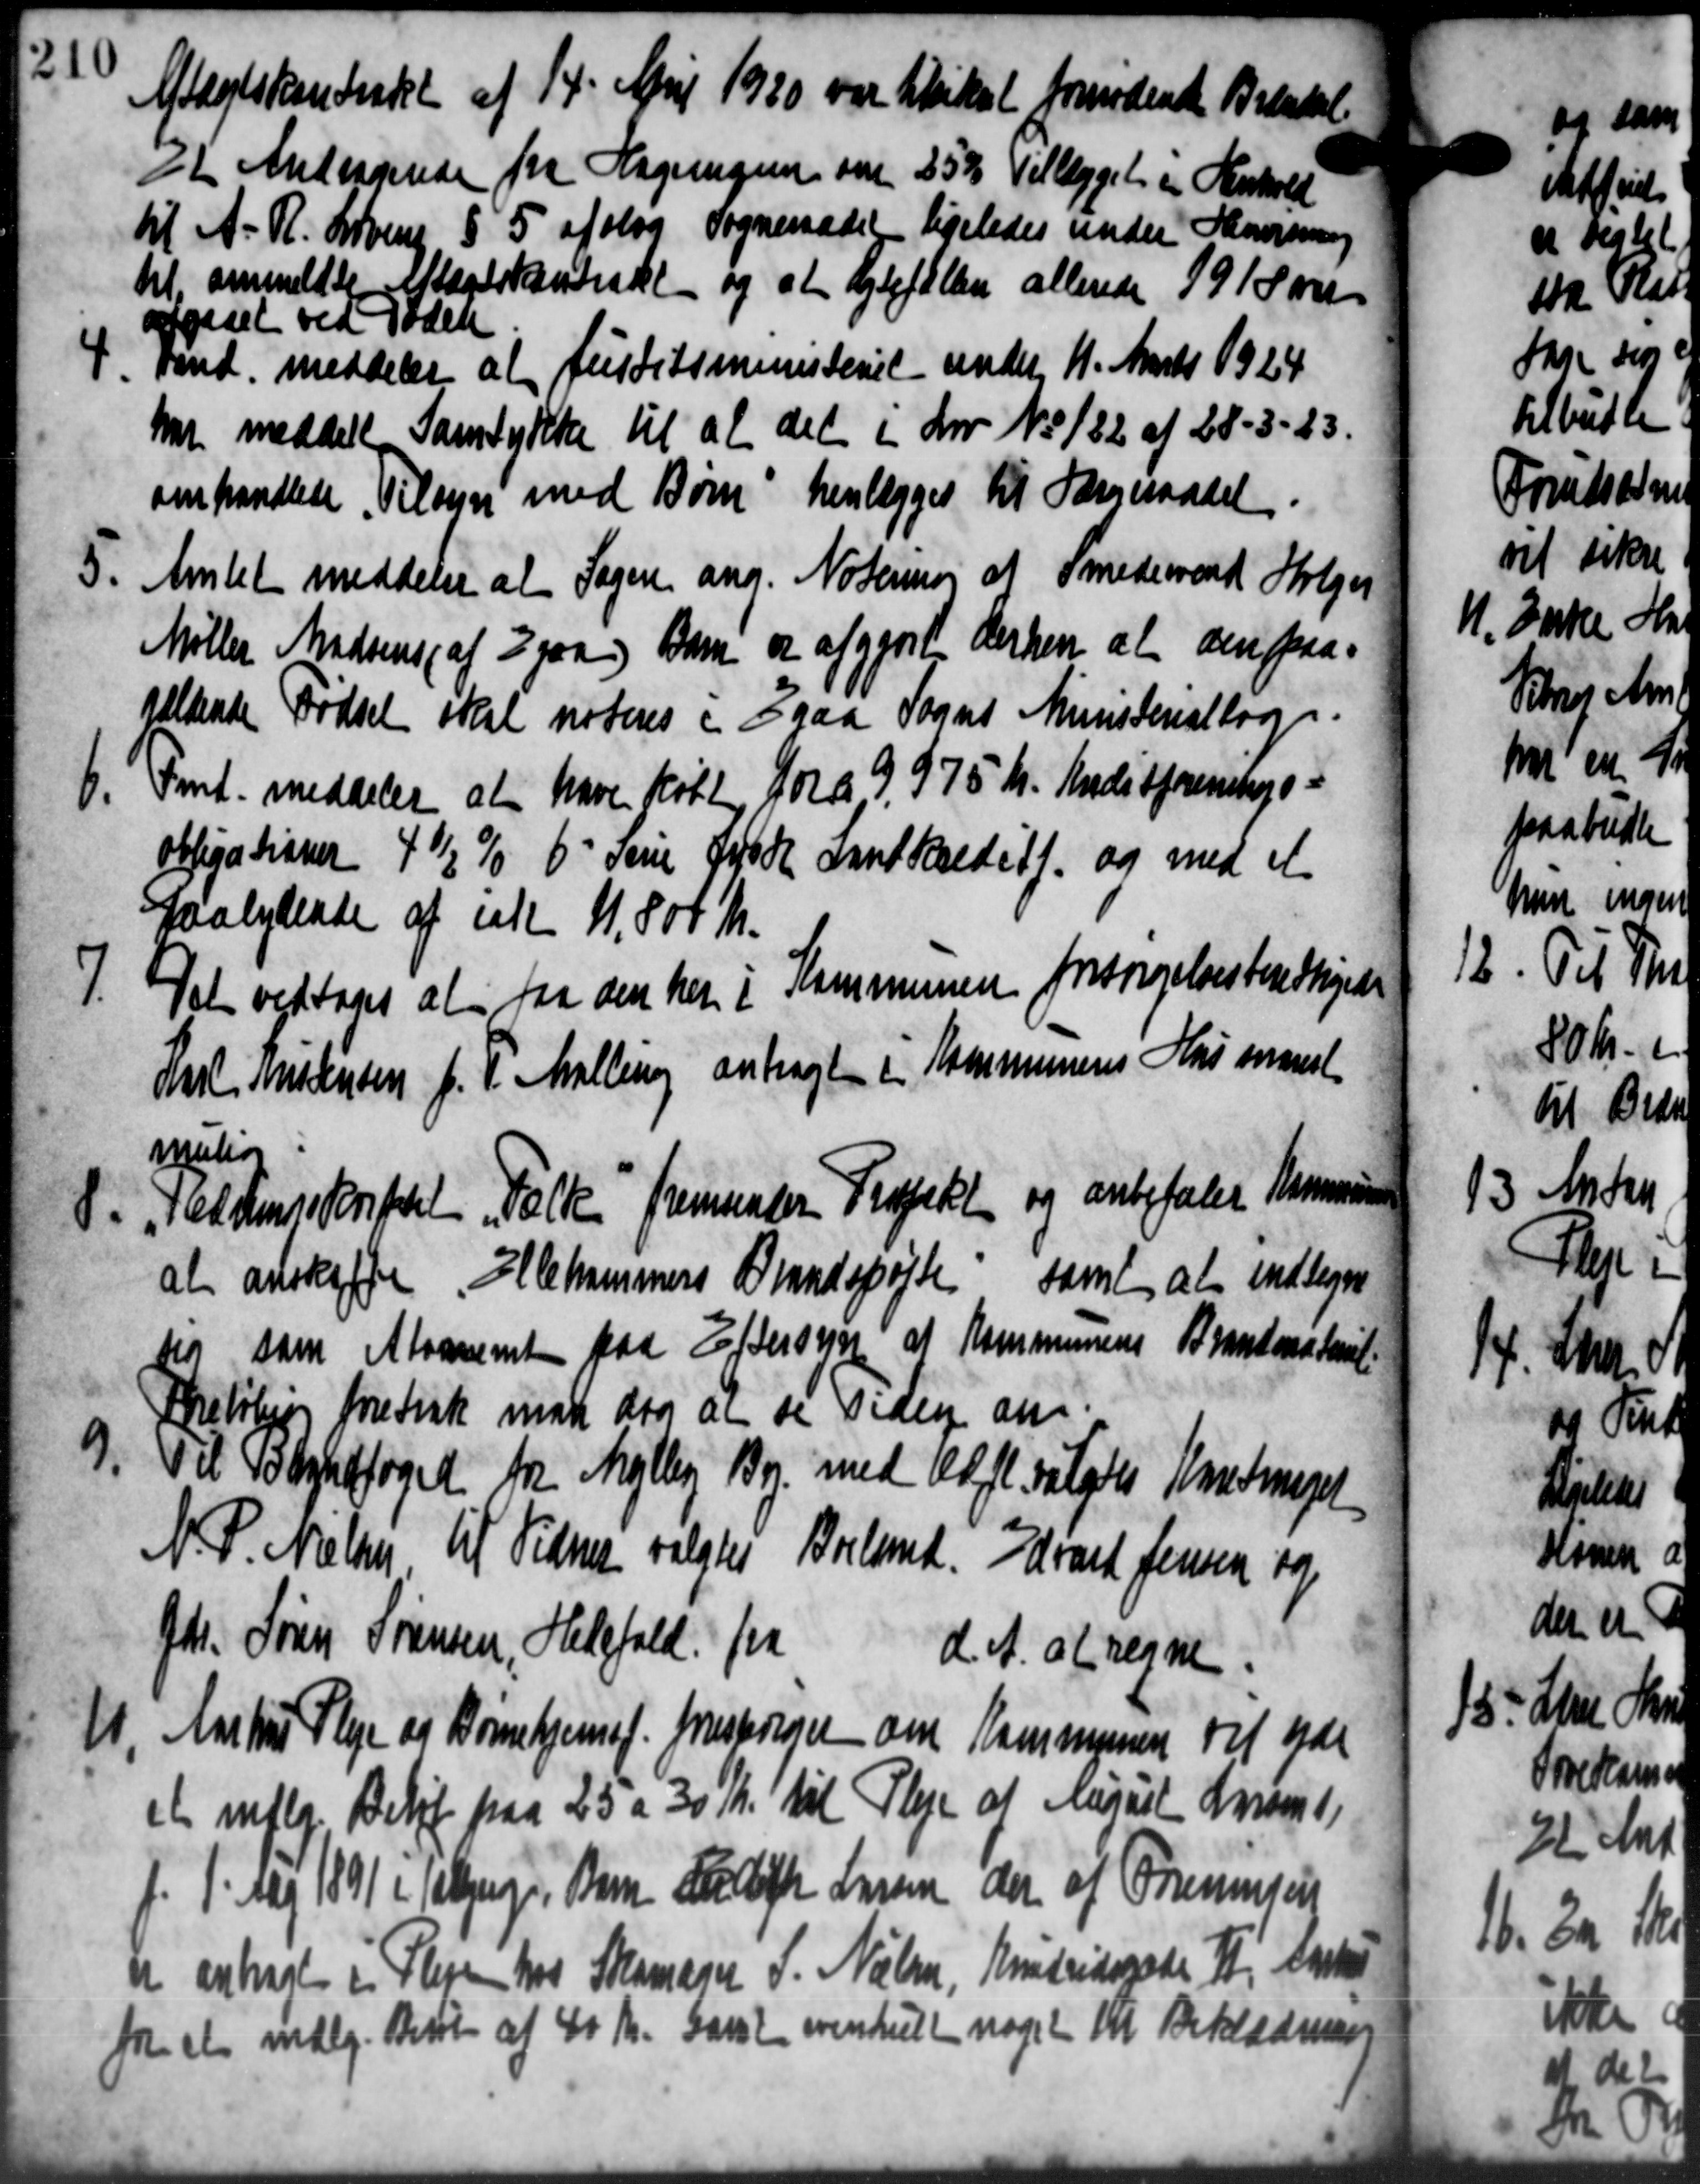
Transskription:
Aftægtskontrakt af 14' April 1920 var tilsikal fornødende Braabel.
at Andersprede fra Nagningen de 25% Tillægget i Henhold
til A. R. Lovens § 5 afslog Sogneraadet ligeledes under Skovsing
til anmeldte Aftægtskontrakt og at Hylefællen allerede 1915 øre
ofgaaet ved Døden
1.
vand meddeler at Justitsministeriet under 11. Marts 1924
har meddele Samtykke til at det i Lov No 182 af 28-3-83.
omhandlede Tilsyn med Børn henlægges til Sogneraadet.
5.
Amtet meddeler at Sagen ang. Notering af Smedemand Holger
Møller Madsens af 2 paa Barn er afgjort derhen at den paa-
gældende Fødsel skal noteres i Egaa Sogns Ministerialbog.
6.
Fmt. meddeler at have købt for a 9 975 Kr. Kreditforenings-
Obligationer 4½ % 6 Jane And Landkreditf. og med et
saalydende af et 4.800 Kr.
7.
Det vedtoges at faa den her i Kommunen forsørgelsesberettigede
Karl Kristensen J. P. Malling anbragt i Kommunens Husmanst
muliog
8. Tekstensskriftet, Folk fremsender Prospekt og anbefalet Kommunen
8. Tekstensskriftet, Folk fremsender Prospekt og anbefalet Kommunen
at anskaffe Ellehammers Brandspøjte samt at indtegne
dog som Atoanemt paa Eftersyn af Kommunens Brontoratorit
Beløbig foretræk man dog at de Tiden an
9
Til Brandfoged fra Melby By med 12 fl. valgtes Kontmaget
N. P. Nielsen til Vidne valgtes Breland. Edvard Jensen og
fdr. Søren Sørensen, Helsfald fra d. A. at regne.
11. Aarhus Pleje og Børnehjemst. foresteringer om Kommunen vil yde
11. Aarhus Pleje og Børnehjemst. foresteringer om Kommunen vil yde
e mflg. Beløb paa 25 a 30 Kr. til Pleje af August Laan 1,
f. 1. Mag 1891 i Tebjerg, Barn Hartfhr Larsen der af Fremsen
er enligt i Pleje hos Skomager S. Nielsen, Kristridsgade II, Enster
for at mdlg. Beløb af 40 Kr. samt eventuelt noget til Beklædning